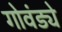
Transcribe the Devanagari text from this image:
गोवंड्ये